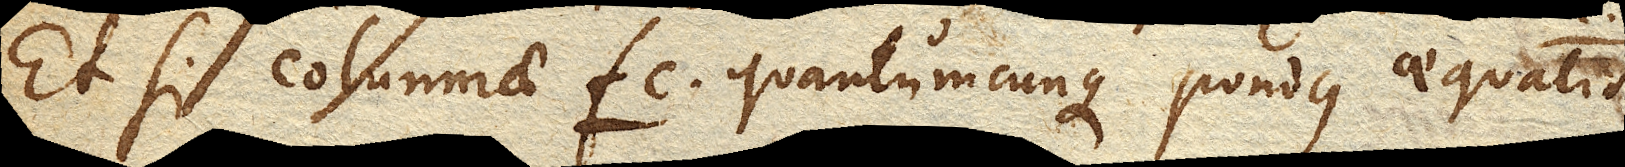
Et si columnae fc. quantumcunque pondus aequalis